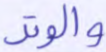
والوتر